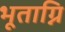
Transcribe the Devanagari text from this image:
भूताग्नि